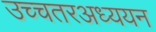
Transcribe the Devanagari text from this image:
उच्चतरअध्ययन